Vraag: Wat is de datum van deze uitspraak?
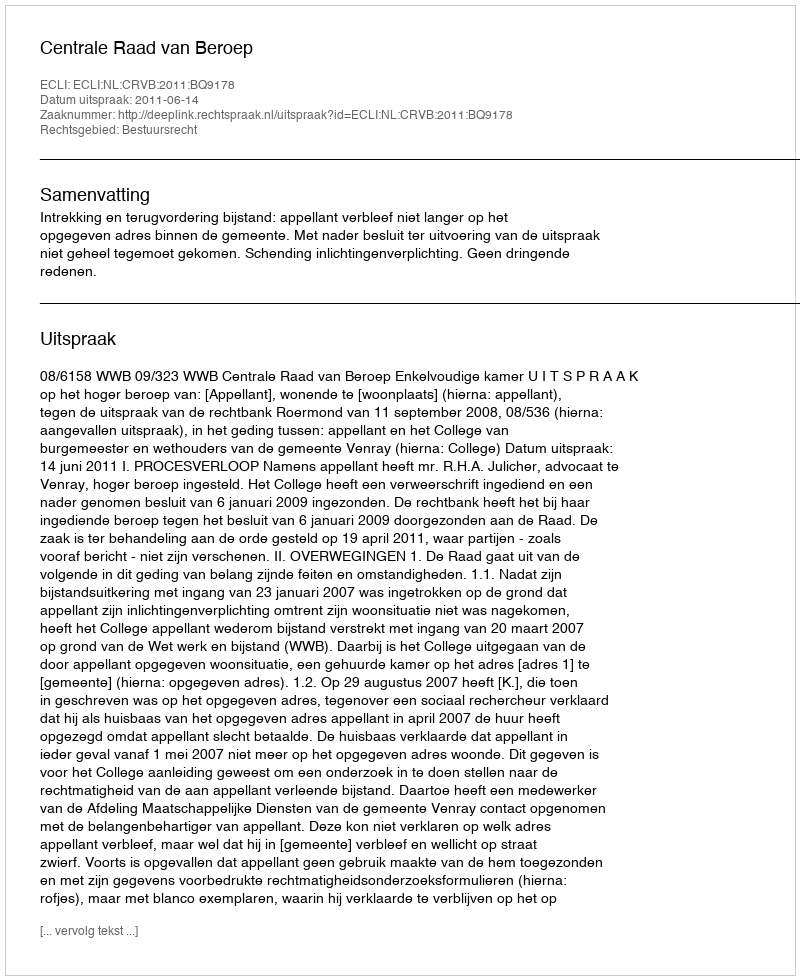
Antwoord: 2011-06-14